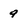
Character: 9